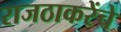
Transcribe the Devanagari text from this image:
राजठाकरेंचे